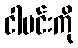
ငါမင်းကို